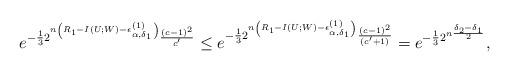
LaTeX: \begin{align*} e^{-\frac{1}{3}2^{n\left(R_1-I(U;W) -\epsilon^{(1)}_{\alpha,\delta_1}\right)}\frac{(c-1)^2}{c'}}\leq e^{-\frac{1}{3}2^{n\left(R_1-I(U;W) -\epsilon^{(1)}_{\alpha,\delta_1}\right)}\frac{(c-1)^2}{(c'+1)}}= e^{-\frac{1}{3}2^{n\frac{\delta_2-\delta_1}{2}}},\end{align*}